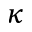
\kappa